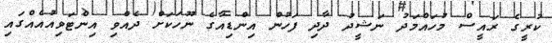
ކުރީގެ ރައީސް މުހައްމަދު ނަޝީދު ދާދި ފަހުން އިންޑިއާގެ ނޫހަކަށް ދެއްވި އިންޓަވިއުއެއްގައި